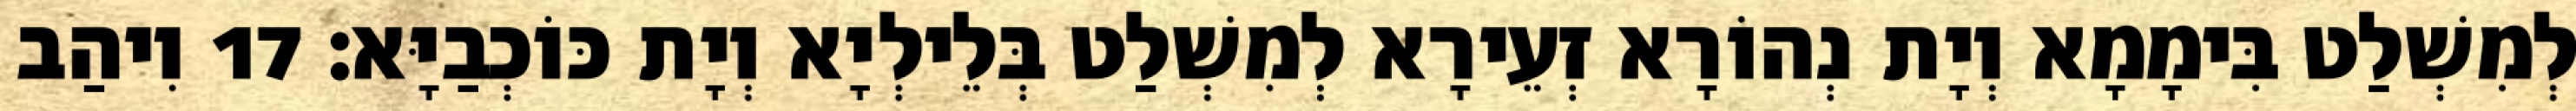
לְמִשְׁלַט בִּימָמָא וְיָת נְהוֹרָא זְעֵירָא לְמִשְׁלַט בְּלֵילְיָא וְיָת כּוֹכְבַיָּא׃ 17 וִיהַב